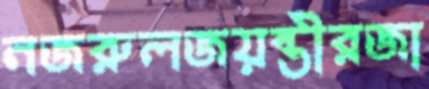
নজরুলজয়ন্তীরজা